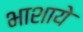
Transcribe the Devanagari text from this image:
भाशाये